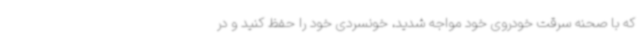
که با صحنه سرقت خودروی خود مواجه شدید، خونسردی خود را حفظ کنید و در